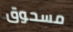
مسحوق